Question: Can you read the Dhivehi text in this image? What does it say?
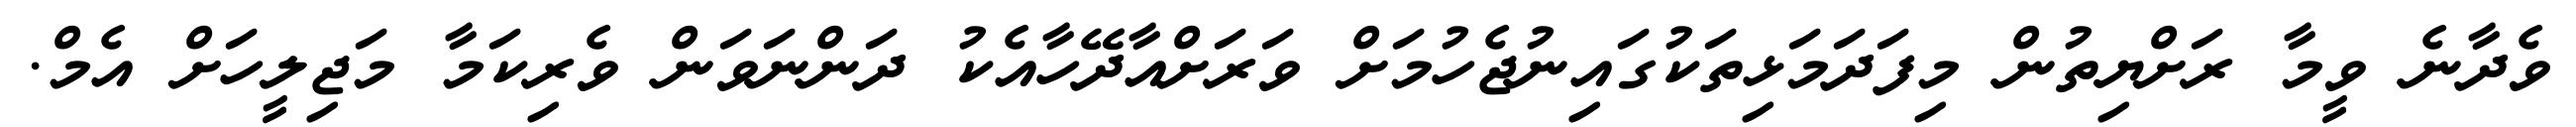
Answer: ވެދާނެ ވީމާ ރަށްޔިތުން މިފަދަމަޅިތަކުގައިނުޖެހުމަށް ވަރަށްއާދޭހާއެކު ދަންނަވަން ވެރިކަމާ މަޖިލީހަށް އެމް.